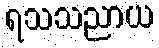
ရသသညာယ